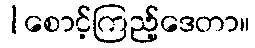
|စောင့်ကြည့်ဒေတာ။